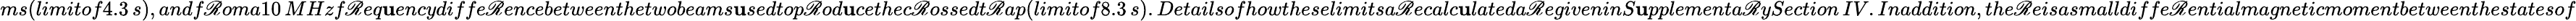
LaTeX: ms(limitof4.3\, s),andf\mathscr{R}oma10\, MHzf\mathscr{R}eq\mathbf{u}encydiffe\mathscr{R}encebetweenthetwobeams\mathbf{u}sedtop\mathscr{R}od\mathbf{u}cethec\mathscr{R}ossedt\mathscr{R}ap(limitof8.3\, s).Detailsofhowtheselimitsa\mathscr{R}ecalc\mathbf{u}lateda\mathscr{R}egiveninS\mathbf{u}pplementa\mathscr{R}ySection\, IV.Inaddition,the\mathscr{R}eisasmalldiffe\mathscr{R}entialmagneticmomentbetweenthestatesof